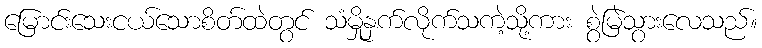
မြောင်းသေးငယ်သောစိတ်ထဲတွင် သံမှိုနှက်လိုက်သကဲ့သို့ကား စွဲမြဲသွားလေသည်။